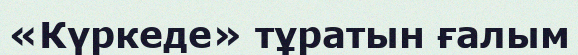
«Күркеде» тұратын ғалым